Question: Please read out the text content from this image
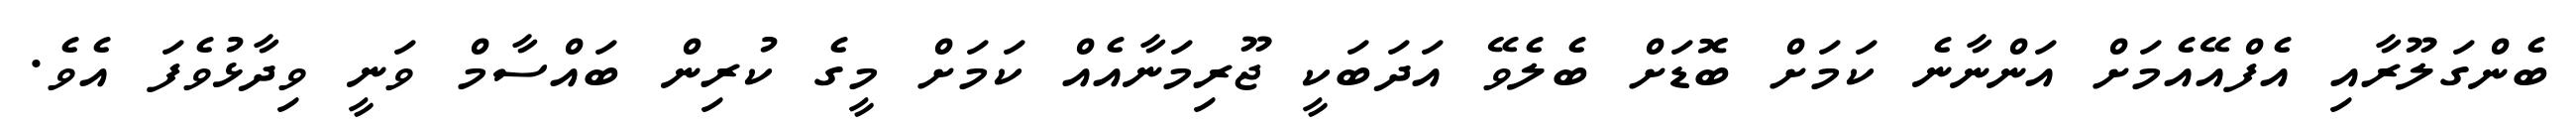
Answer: ބެންގަލޫރާއި އެފްއޭއެމަށް އަންނާނެ ކަމަށް ބޮޑަށް ބެލެވޭ އަދަބަކީ ޖޫރިމަނާއެއް ކަމަށް މީގެ ކުރިން ބައްސާމް ވަނީ ވިދާޅުވެފަ އެވެ.